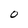
Character: O